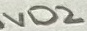
Text: VD2